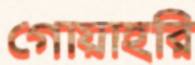
গোয়াহরি